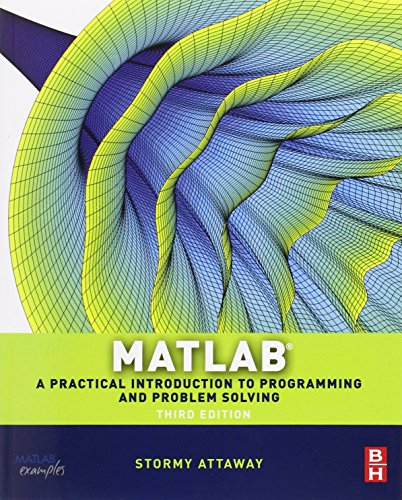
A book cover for Matlab, Third Edition: A Practical Introduction to Programming and Problem Solving; Stormy Attaway Ph.D.  Boston University; Engineering & Transportation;